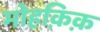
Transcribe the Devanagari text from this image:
मोहक़िक़